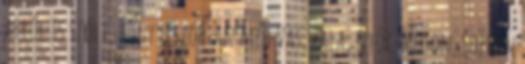
arról is szólt, hogy elszórtan még Vas, Zala, Győr-Moson-Sopron